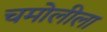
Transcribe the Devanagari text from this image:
चमोलीला